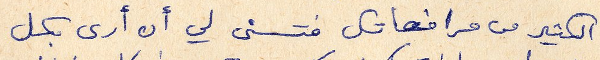
الكثير من مرافعاتك فتسنى لي أن أرى بكل